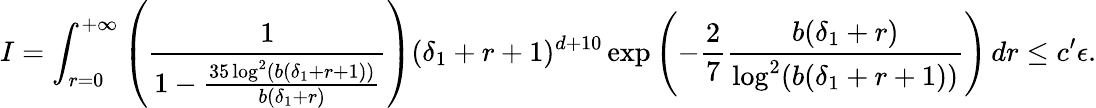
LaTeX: I=\int_{r=0}^{+\infty}\left(\frac{1}{1-\frac{35\log^{2}(b(\delta_{1}+r+1))}{b(\delta_{1}+r)}}\right)(\delta_{1}+r+1)^{d+10}\exp\left(-\frac{2}{7}\frac{b(\delta_{1}+r)}{\log^{2}(b(\delta_{1}+r+1))}\right)\, dr\leq c^{\prime}\epsilon.